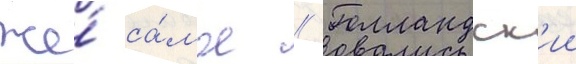
же́ са́мое // Голландск'ии